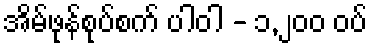
အိမ်ဖုန်စုပ်စက် ပါဝါ - ၁,၂၀၀ ဝပ်